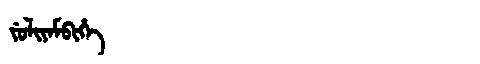
Manchu: ᠵᡠᠯᡳᠶᠠᠮᠪᡳᡥᡝ
Romanization: JULIYAMBIHE